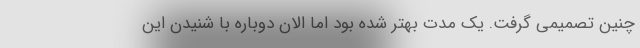
چنین تصمیمی گرفت. یک مدت بهتر شده بود اما الان دوباره با شنیدن این